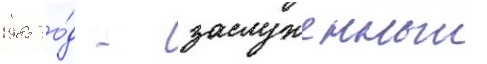
1985 го́д - заслуженныи